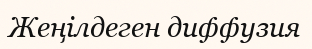
Жеңілдеген диффузия